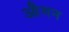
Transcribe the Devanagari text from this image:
औमन